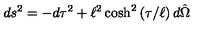
d s ^ { 2 } = - d \tau ^ { 2 } + \ell ^ { 2 } \cosh ^ { 2 } \left( \tau / \ell \right) d \hat { \Omega }